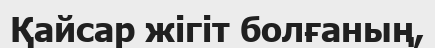
Қайсар жігіт болғаның,